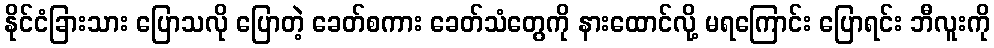
နိုင်ငံခြားသား ပြောသလို ပြောတဲ့ ခေတ်စကား ခေတ်သံတွေကို နားထောင်လို့ မရကြောင်း ပြောရင်း ဘီလူးကို